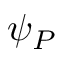
\psi _ { P }